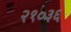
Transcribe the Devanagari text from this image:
२१०३६